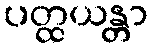
ပတ္ထယန္တာ